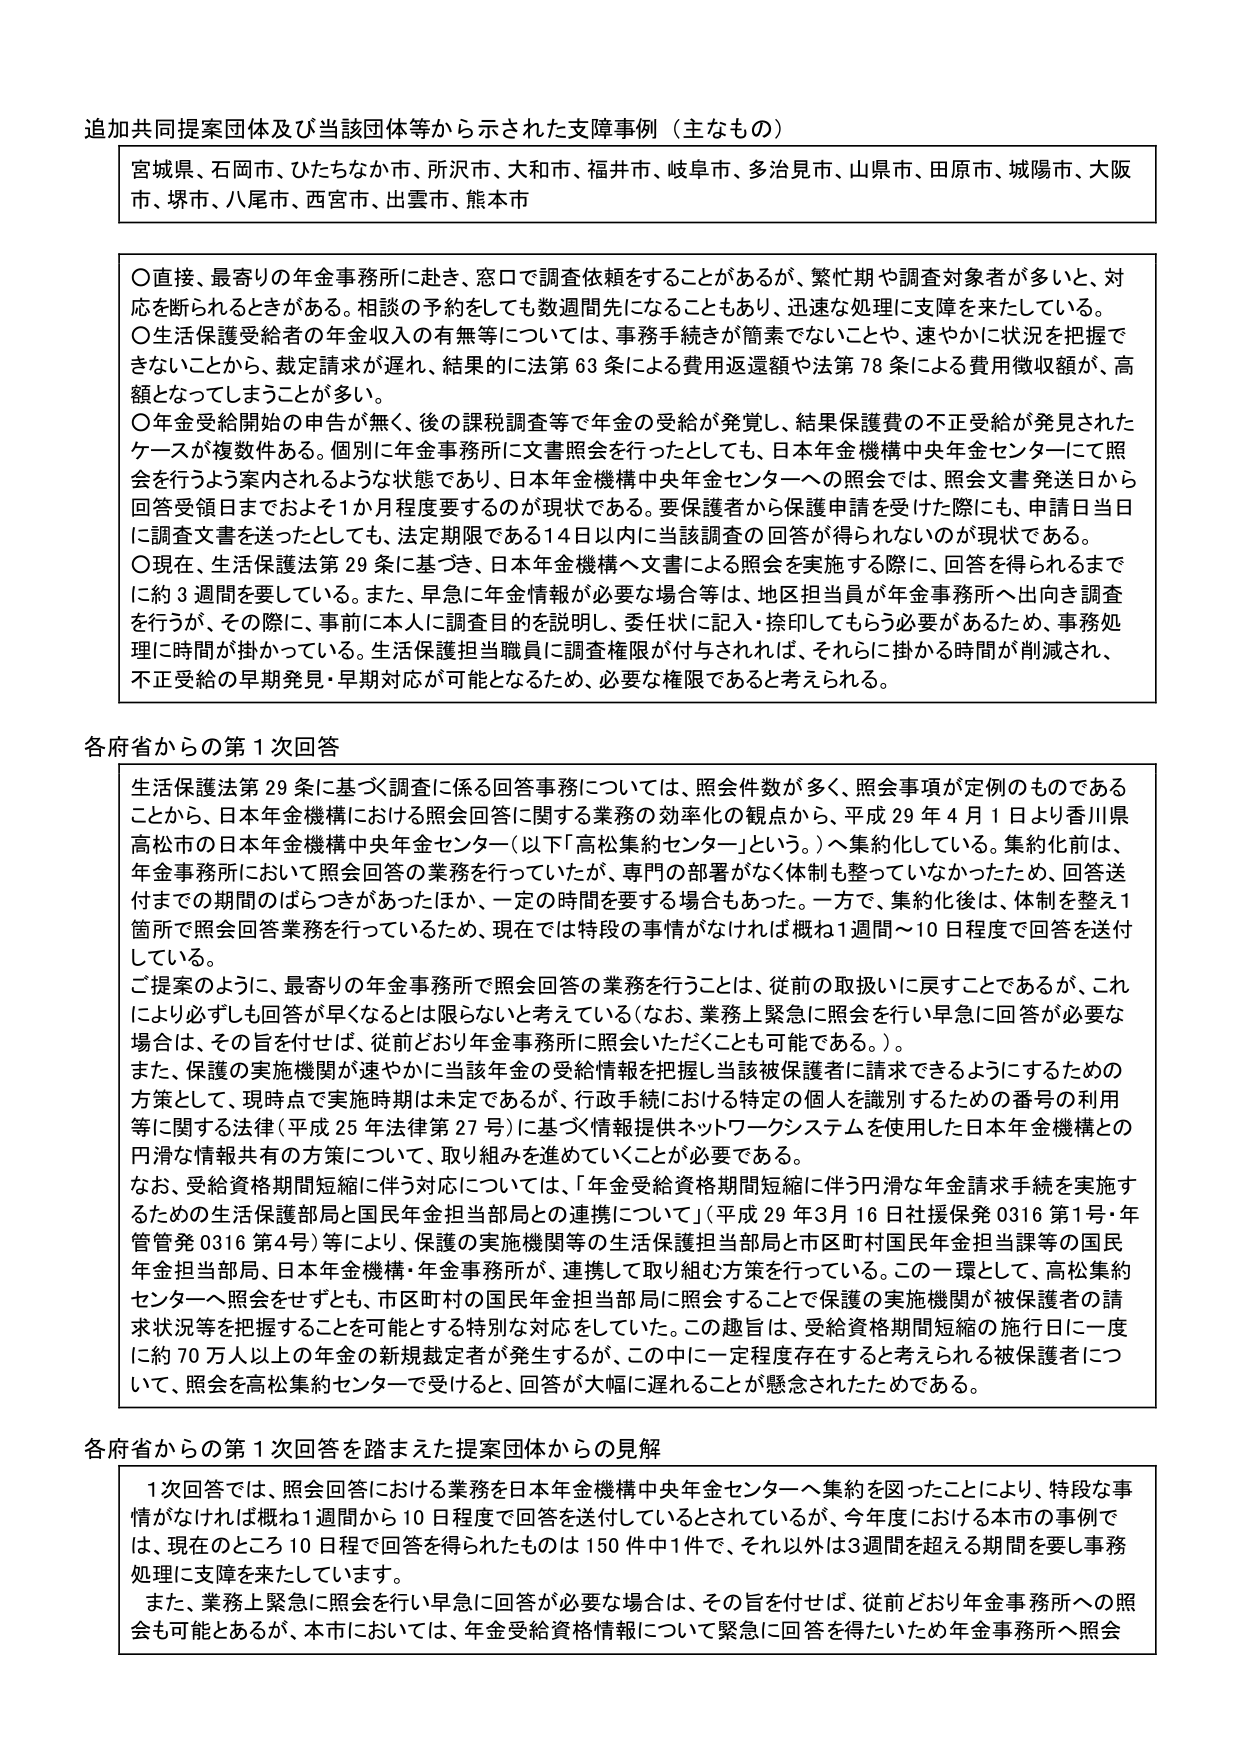
追加共同提案団体及び当該団体等から示された支障事例（主なもの）

宮城県、石岡市、ひたちなか市、所沢市、大和市、福井市、岐阜市、多治見市、山県市、田原市、城陽市、大阪市、堺市、八尾市、西宮市、出雲市、熊本市

〇直接、最寄りの年金事務所に赴き、窓口で調査依頼をすることがあるが、繁忙期や調査対象者が多いため、対応を断られることがある。相談の予約をしても数週間先になることもあり、迅速な処理に支障を来たしている。
〇生活保護受給者の年金収入の有無等については、事務手続きが簡素でないことや、速やかに状況を把握できないことから、裁定請求が遅れ、結果的に法第63条による費用返還額や法第78条による費用徴収額が、高額となってしまうことが多い。
〇年金受給開始の申告が無く、後の課税調査等で年金の受給が発覚し、結果保護費の不正受給が発見されたケースが複数件ある。個別に年金事務所に文書照会を行ったとしても、日本年金機構中央年金センターにて照会を行うよう案内されるような状態であり、日本年金機構中央年金センターへの照会では、照会文書発送日から回答受領日までおよそ1か月程度要するのが現状である。要保護者から保護申請を受けた際にも、申請日当日に調査文書を送ったとしても、法定期限である14日以内に当該調査の回答が得られないのが現状である。
〇現在、生活保護法第29条に基づき、日本年金機構へ文書による照会を実施する際に、回答を得られるまでに約3週間を要している。また、早急に年金情報が必要な場合等は、地区担当員が年金事務所へ出向き調査を行うが、その際に、事前に本人に調査目的を説明し、委任状に記入・捺印してもらう必要があるため、事務処理に時間が掛かっている。生活保護担当職員に調査権限が付与されれば、それらに掛かる時間が削減され、不正受給の早期発見・早期対応が可能となるため、必要な権限であると考えられる。

各府省からの第1次回答

生活保護法第29条に基づく調査に係る回答事務については、照会件数が多く、照会事項が定例のものであることから、日本年金機構における照会回答に関する業務の効率化の観点から、平成29年4月1日より香川県高松市の日本年金機構中央年金センター（以下「高松集約センター」という。）へ集約化している。集約化前は、年金事務所において照会回答の業務を行っていたが、専門の部署がなく体制も整っていなかったため、回答送付までの期間のばらつきがあったほか、一定の時間を要する場合もあった。一方で、集約化後は、体制を整え1箇所で照会回答業務を行っているため、現在では特段の事情がなければ概ね1週間～10日程度で回答を送付している。

ご提案のように、最寄りの年金事務所で照会回答の業務を行うことは、従前の取扱いに戻すことであるが、これにより必ずしも回答が早くなるとは限らないと考えている（なお、業務上緊急に照会を行い早急に回答が必要な場合は、その旨を付せば、従前どおり年金事務所に照会いただくことも可能である。）。

また、保護の実施機関が速やかに当該年金の受給情報を把握し当該被保護者に請求できるようにするための方策として、現時点で実施時期は未定であるが、行政手続における特定の個人を識別するための番号の利用等に関する法律（平成25年法律第27号）に基づく情報提供ネットワークシステムを使用した日本年金機構との円滑な情報共有の方策について、取り組みを進めていくことが必要である。

なお、受給資格期間短縮に伴う対応については、「年金受給資格期間短縮に伴う円滑な年金請求手続を実施するための生活保護部局と国民年金担当部局との連携について」（平成29年3月16日社援保発0316第1号・年管管発0316第4号）等により、保護の実施機関等の生活保護担当部局と市区町村国民年金担当課等の国民年金担当部局、日本年金機構・年金事務所が、連携して取り組む方策を行っている。この一環として、高松集約センターへ照会をせずとも、市区町村の国民年金担当部局に照会することで保護の実施機関が被保護者の請求状況等を把握することを可能とする特別な対応をしていた。この趣旨は、受給資格期間短縮の施行日に一度に約70万人以上の年金の新規裁定者が発生するが、この中に一定程度存在すると考えられる被保護者について、照会を高松集約センターで受けると、回答が大幅に遅れることが懸念されたためである。

各府省からの第1次回答を踏まえた提案団体からの見解

1次回答では、照会回答における業務を日本年金機構中央年金センターへ集約を図ったことにより、特段な事情がなければ概ね1週間から10日程度で回答を送付しているとされているが、今年度における本市の事例では、現在のところ10日程で回答を得られたものは150件中1件で、それ以外は3週間を超える期間を要し事務処理に支障を来たしています。

また、業務上緊急に照会を行い早急に回答が必要な場合は、その旨を付せば、従前どおり年金事務所への照会も可能であるが、本市においては、年金受給資格情報について緊急に回答を得たいため年金事務所へ照会